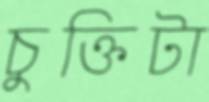
চুক্তিটা